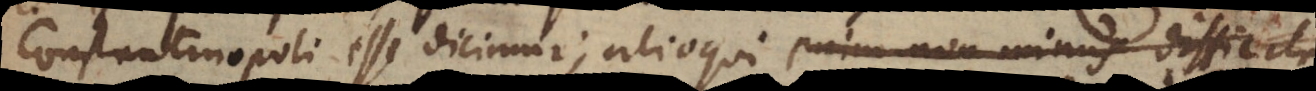
Constantinopoli esse dicimur; alioqui enim non minus difficil